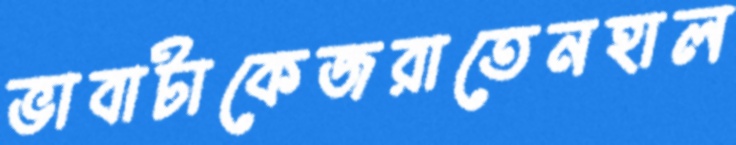
ভাবাটাকেজরাতেনহাল